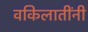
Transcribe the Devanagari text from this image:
वकिलातींनी